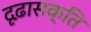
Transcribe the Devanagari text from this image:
दृढ़ासक्ति